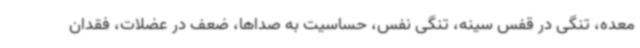
معده، تنگی در قفس سینه، تنگی نفس، حساسیت به صداها، ضعف در عضلات، فقدان